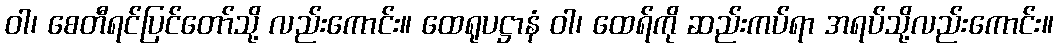
ဝါ၊ စေတီရင်ပြင်တော်သို့ လည်းကောင်း။ ထေရုပဋ္ဌာနံ ဝါ၊ ထေရ်ကို ဆည်းကပ်ရာ အရပ်သို့လည်းကောင်း။